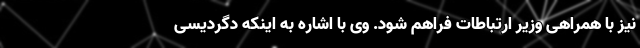
نیز با همراهی وزیر ارتباطات فراهم شود. وی با اشاره به اینکه دگردیسی